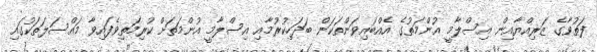
ފަތުވާގެ ޒަރިއްޔާއިން އިސްލާމީ އުންމަތުގެ އެއްބައިވަންތަކަން ބަދަހިކުރުމާއި އިސްލާމީ އުންމަތަށް ކުރިމަތިވެފައިވާ މައްސަލަތަކުގައި